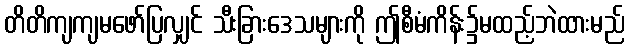
တိတိကျကျမဖော်ပြလျှင် သီးခြားဒေသများကို ဤစီမံကိန်း၌မထည့်ဘဲထားမည်